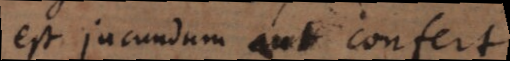
est jucundum aut confert